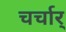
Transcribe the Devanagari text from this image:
चर्चार्